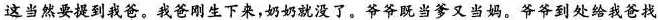
这当然要提到我爸。我爸刚生下来，奶奶就没了。爷爷既当爹又当妈。爷爷到处给我爸找